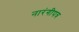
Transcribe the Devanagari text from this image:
नारंगीपत्र